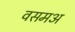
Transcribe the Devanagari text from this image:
वसमअ